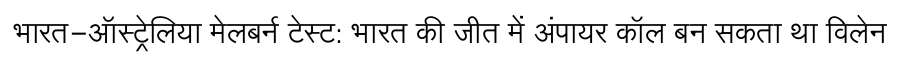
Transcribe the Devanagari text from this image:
भारत-ऑस्ट्रेलिया मेलबर्न टेस्ट: भारत की जीत में अंपायर कॉल बन सकता था विलेन